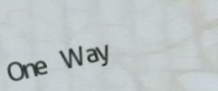
One Way